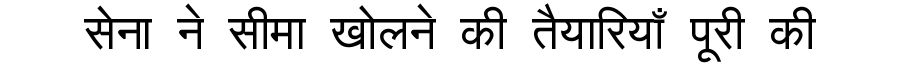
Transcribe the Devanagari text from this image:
सेना ने सीमा खोलने की तैयारियाँ पूरी की